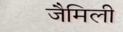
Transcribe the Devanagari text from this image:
जैमिली